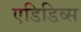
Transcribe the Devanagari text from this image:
एडिडिव्स